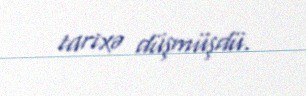
tarixə düşmüşdü.